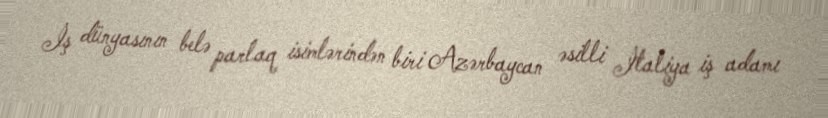
İş dünyasının belə parlaq isimlərindən biri Azərbaycan əsilli İtaliya iş adamı